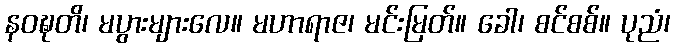
နဝဍ္ဎတိ၊ မပွားများလေ။ မဟာရာဇ၊ မင်းမြတ်။ ခေါ၊ စင်စစ်။ ပုညံ၊